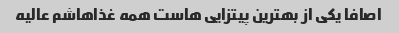
اصافا یکی از بهترین پیتزایی هاست همه غذاهاشم عالیه